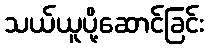
သယ်ယူပို့ဆောင်ခြင်း